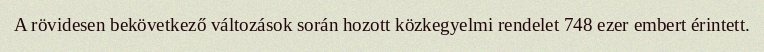
A rövidesen bekövetkező változások során hozott közkegyelmi rendelet 748 ezer embert érintett.